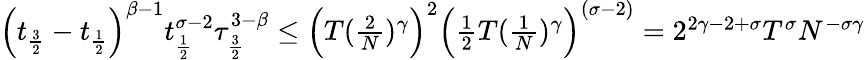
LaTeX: \begin{array}{r}{\Big(t_{\frac{3}{2}}-t_{\frac{1}{2}}\Big)^{\beta-1}t_{\frac{1}{2}}^{\sigma-2}\tau_{\frac{3}{2}}^{3-\beta}\le\Big(T(\frac{2}{N})^{\gamma}\Big)^{2}\Big(\frac{1}{2}T(\frac{1}{N})^{\gamma}\Big)^{(\sigma-2)}=2^{2\gamma-2+\sigma}T^{\sigma}N^{-\sigma\gamma}}\end{array}